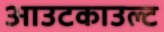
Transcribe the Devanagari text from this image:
आउटकाउल्ट